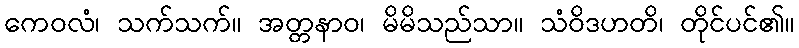
ကေဝလံ၊ သက်သက်။ အတ္တနာဝ၊ မိမိသည်သာ။ သံဝိဒဟတိ၊ တိုင်ပင်၏။